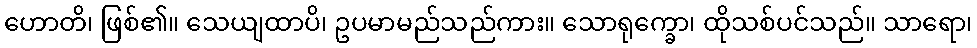
ဟောတိ၊ ဖြစ်၏။ သေယျထာပိ၊ ဥပမာမည်သည်ကား။ သောရုက္ခော၊ ထိုသစ်ပင်သည်။ သာရော၊